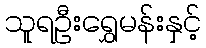
သူရဦးရွှေမန်းနှင့်